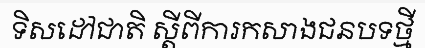
ទិសដៅជាតិ ស្តីពីការកសាងជនបទថ្មី